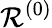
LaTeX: \mathcal{R}^{(0)}